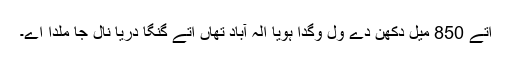
اتے 850 میل دکھن دے ولّ وگدا ہویا الہٰ آباد تھاں اتے گنگا دریا نال جا ملدا اے۔